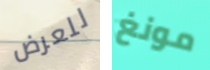
للعرض مونغ